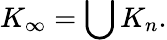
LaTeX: K_{\infty}=\bigcup K_{n}.